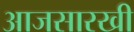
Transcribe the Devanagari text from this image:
आजसारखी